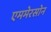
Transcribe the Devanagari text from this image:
एममेरसोन